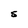
Character: S